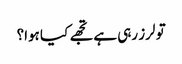
تو لرز رہی ہے تجھے کیا ہوا؟